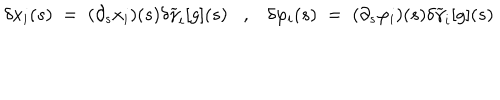
\delta x _ { i } ( s ) \; = \; ( \partial _ { s } x _ { i } ) ( s ) \delta \widetilde { \gamma } _ { i } [ g ] ( s ) , \delta \varphi _ { i } ( s ) \; = \; ( \partial _ { s } \varphi _ { i } ) ( s ) \delta \widetilde { \gamma } _ { i } [ g ] ( s ) \; \; \;